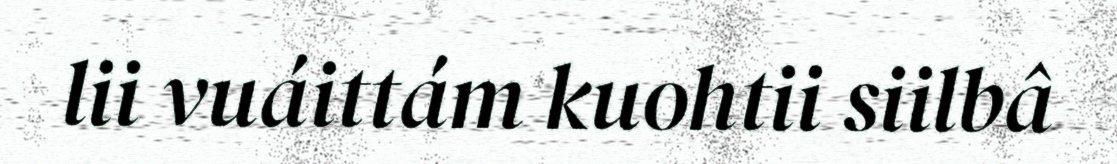
lii vuáittám kuohtii siilbâ